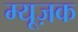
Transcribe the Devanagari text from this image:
म्यूज़क